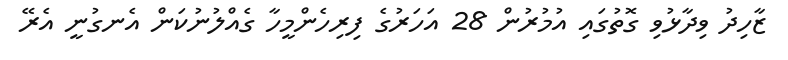
ޒާހިދު ވިދާޅުވި ގޮތުގައި އުމުރުން 28 އަހަރުގެ ފިރިހެންމީހާ ގެއްލުނުކަން އެނގުނީ އެރޭ